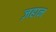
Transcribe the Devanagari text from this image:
ज़हान